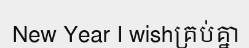
New Year I wishគ្រប់គ្នា